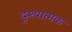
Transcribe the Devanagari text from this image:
दृश्‍यात्‍मक